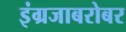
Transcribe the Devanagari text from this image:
इंग्रजाबरोबर